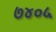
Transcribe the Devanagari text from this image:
७४०५